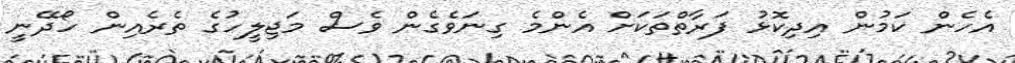
އެހެން ކަމުން އިދިކޮޅު ފަރާތްތަކަށް އެންމެ ގިނަވެގެން ވެސް މަޖިލީހުގެ ތެރެއިން ހޯދޭނީ